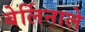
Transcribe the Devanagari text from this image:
बेर्लिनाले